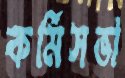
কর্মিসভা